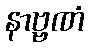
နာဗ္ဗဏံ